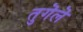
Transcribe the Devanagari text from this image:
तुगॆलॆ